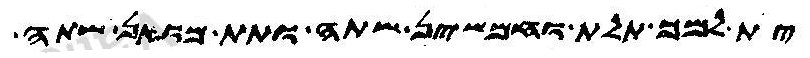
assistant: ית למך תלת וחמשין שתה ותת מואן שתה